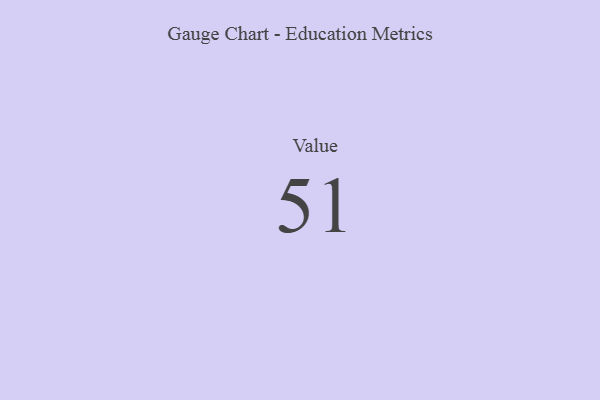
{"axis": {"x": "Metric", "y": "Value"}, "legend": [""], "data": [{"x": "Value", "y": 51, "type": ""}]}